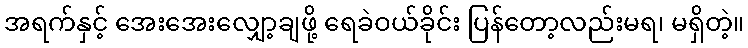
အရက်နှင့် အေးအေးလျှော့ချဖို့ ရေခဲဝယ်ခိုင်း ပြန်တော့လည်းမရ၊ မရှိတဲ့။